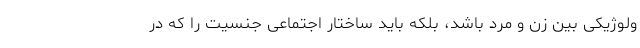
ولوژیکی بین زن و مرد باشد، بلکه باید ساختار اجتماعی جنسیت را که در